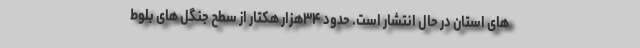
های استان در حال انتشار است. حدود ۳۴هزار هکتار از سطح جنگل های بلوط